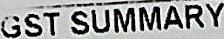
GST SUMMARY